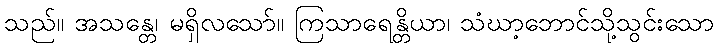
သည်။ အသန္တေ၊ မရှိလသော်။ ကြသာရေန္တိယာ၊ သံဃာ့ဘောင်သို့သွင်းသော